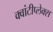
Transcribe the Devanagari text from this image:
क्वांटीप्लेक्स